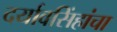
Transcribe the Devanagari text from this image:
दर्यावसिंहांचा